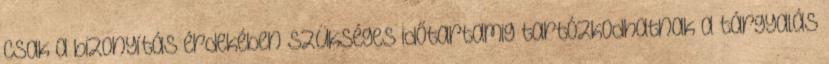
csak a bizonyítás érdekében szükséges időtartamig tartózkodhatnak a tárgyalás